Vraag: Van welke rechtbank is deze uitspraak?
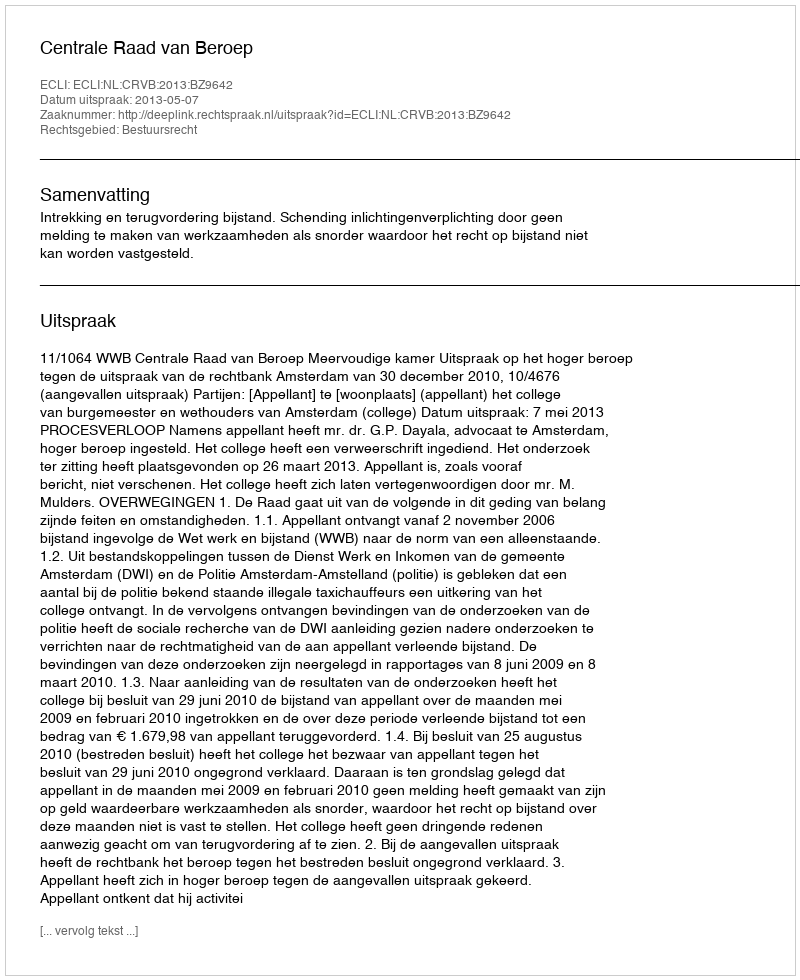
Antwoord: Centrale Raad van Beroep